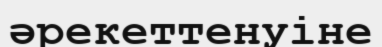
әрекеттенуіне